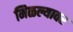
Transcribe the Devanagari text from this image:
मिळल्यावर